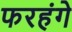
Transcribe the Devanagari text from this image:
फरहंगे